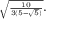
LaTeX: { \scriptstyle { \sqrt { \frac { 1 0 } { 3 ( 5 - { \sqrt { 5 } } ) } } } } .